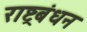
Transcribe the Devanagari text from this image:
राष्ट्रबंधन